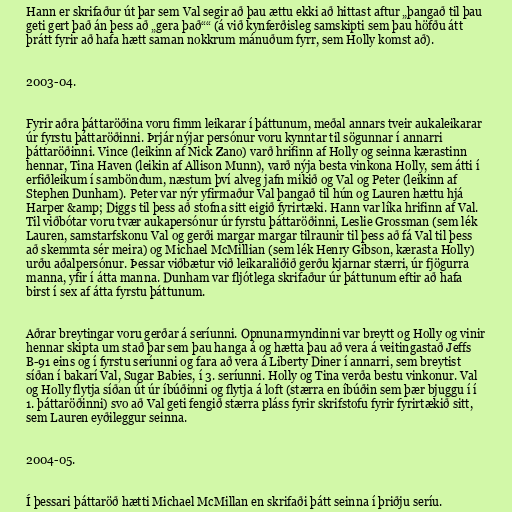
Hann er skrifaður út þar sem Val segir að þau ættu ekki að hittast aftur „þangað til þau
geti gert það án þess að „gera það““ (á við kynferðisleg samskipti sem þau höfðu átt
þrátt fyrir að hafa hætt saman nokkrum mánuðum fyrr, sem Holly komst að).

2003-04.

Fyrir aðra þáttaröðina voru fimm leikarar í þáttunum, meðal annars tveir aukaleikarar
úr fyrstu þáttaröðinni. Þrjár nýjar persónur voru kynntar til sögunnar í annarri
þáttaröðinni. Vince (leikinn af Nick Zano) varð hrifinn af Holly og seinna kærastinn
hennar, Tina Haven (leikin af Allison Munn), varð nýja besta vinkona Holly, sem átti í
erfiðleikum í samböndum, næstum því alveg jafn mikið og Val og Peter (leikinn af
Stephen Dunham). Peter var nýr yfirmaður Val þangað til hún og Lauren hættu hjá
Harper &amp; Diggs til þess að stofna sitt eigið fyrirtæki. Hann var líka hrifinn af Val.
Til viðbótar voru tvær aukapersónur úr fyrstu þáttaröðinni, Leslie Grossman (sem lék
Lauren, samstarfskonu Val og gerði margar margar tilraunir til þess að fá Val til þess
að skemmta sér meira) og Michael McMillian (sem lék Henry Gibson, kærasta Holly)
urðu aðalpersónur. Þessar viðbætur við leikaraliðið gerðu kjarnar stærri, úr fjögurra
manna, yfir í átta manna. Dunham var fljótlega skrifaður úr þáttunum eftir að hafa
birst í sex af átta fyrstu þáttunum.

Aðrar breytingar voru gerðar á seríunni. Opnunarmyndinni var breytt og Holly og vinir
hennar skipta um stað þar sem þau hanga á og hætta þau að vera á veitingastað Jeffs
B-91 eins og í fyrstu seríunni og fara að vera á Liberty Diner í annarri, sem breytist
síðan í bakarí Val, Sugar Babies, í 3. seríunni. Holly og Tina verða bestu vinkonur. Val
og Holly flytja síðan út úr íbúðinni og flytja á loft (stærra en íbúðin sem þær bjuggu í í
1. þáttaröðinni) svo að Val geti fengið stærra pláss fyrir skrifstofu fyrir fyrirtækið sitt,
sem Lauren eyðileggur seinna.

2004-05.

Í þessari þáttaröð hætti Michael McMillan en skrifaði þátt seinna í þriðju seríu.